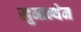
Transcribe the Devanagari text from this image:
खुमान्थेम